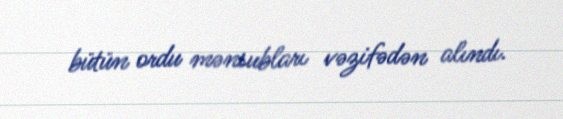
bütün ordu mənsubları vəzifədən alındı.